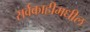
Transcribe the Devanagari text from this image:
सर्वकाहीमधील